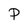
Character: p